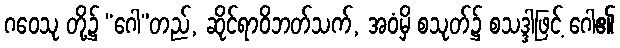
ဂဝေသု တို့၌ “ဂေါ”တည်, ဆိုင်ရာဝိဘတ်သက်, အဝံမှိ စသုတ်၌ စသဒ္ဒါဖြင့် ဂေါ၏